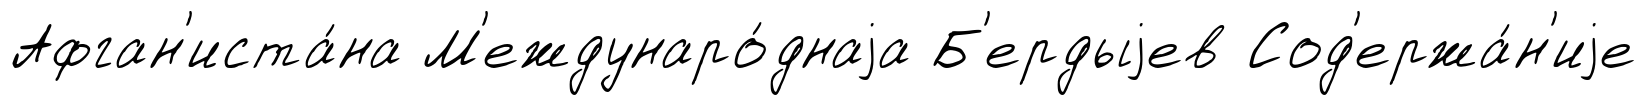
Афган'иста́на М'еждунаро́днаjа Б'ердыjев Сод'ержа́н'иjе